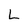
Character: L